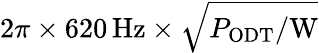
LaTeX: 2\pi\times 620\, \mathrm{Hz}\times\sqrt{P_{\mathrm{ODT}}/\mathrm{W}}